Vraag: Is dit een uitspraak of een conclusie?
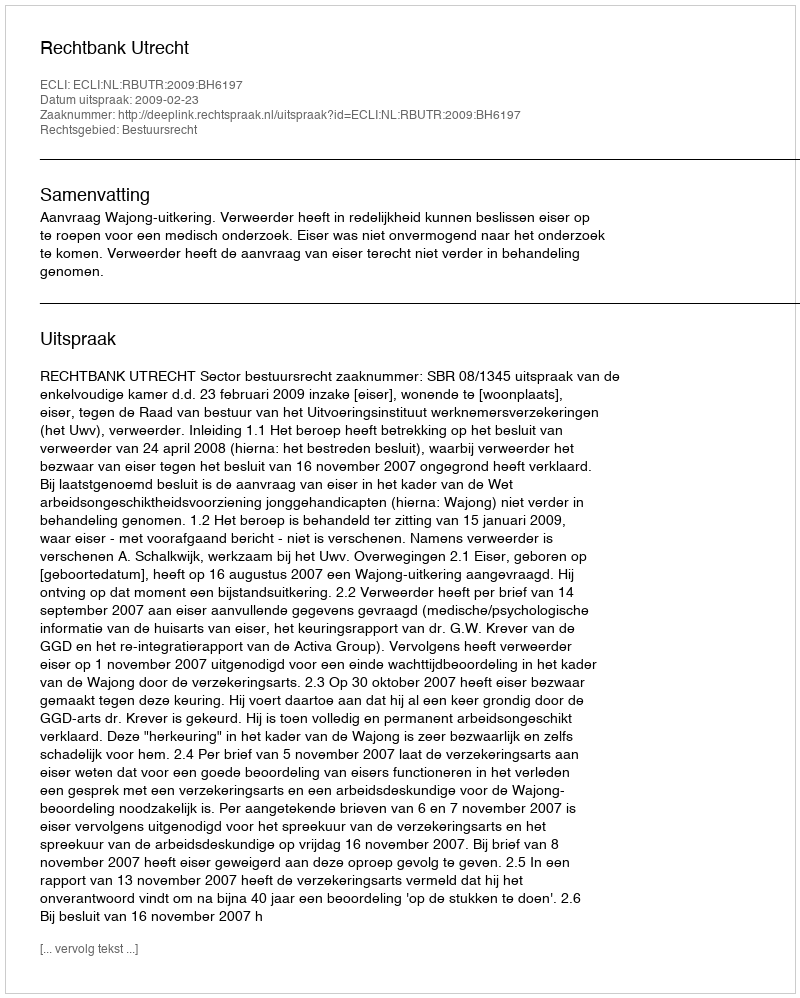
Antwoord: Uitspraak